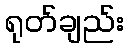
ရုတ်ချည်း